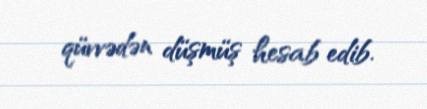
qüvvədən düşmüş hesab edib.